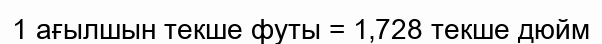
1 ағылшын текше футы = 1‚728 текше дюйм